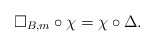
\begin{align*}\Box_{B,m}\circ \chi=\chi\circ\Delta.\end{align*}